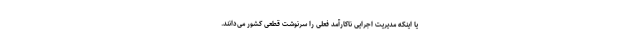
یا اینکه مدیریت اجرایی ناکارآمد فعلی را سرنوشت قطعی کشور می‌دانند.